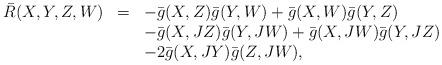
LaTeX: \begin{align*}\begin{array}{rcl}\bar R(X,Y,Z,W)&=&-\bar g(X,Z)\bar g(Y,W)+\bar g(X,W)\bar g(Y,Z)\\&&-\bar g(X,JZ)\bar g(Y,JW)+\bar g(X,JW)\bar g(Y,JZ)\\&&-2\bar g(X,JY)\bar g(Z,JW),\end{array}\end{align*}